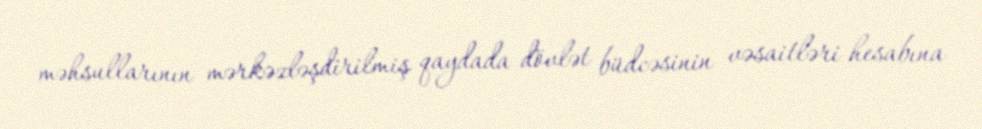
məhsullarının mərkəzləşdirilmiş qaydada dövlət büdcəsinin vəsaitləri hesabına